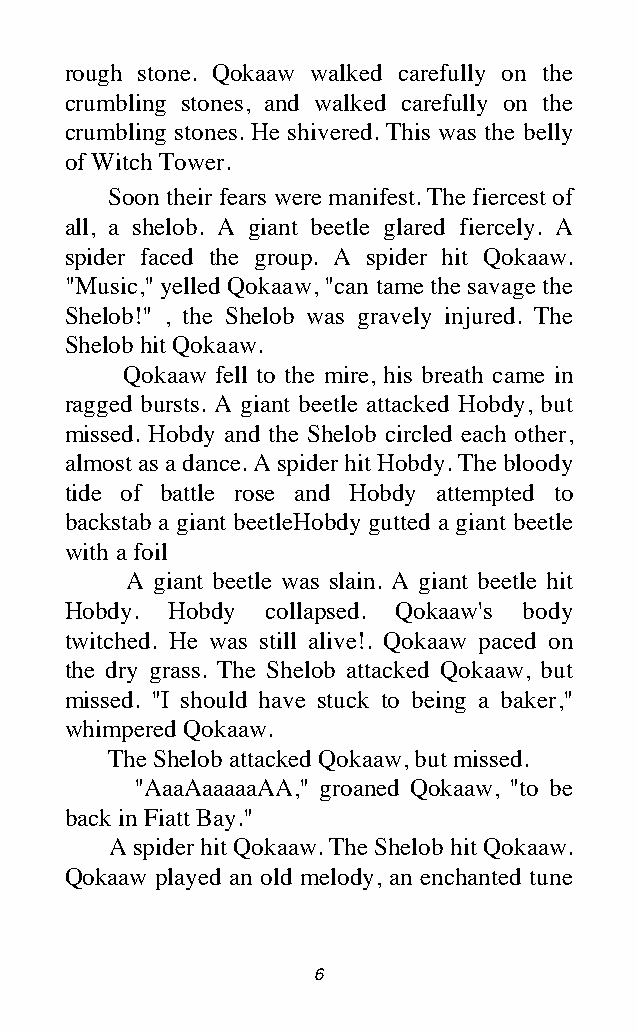
rough stone. Qokaaw walked carefully on the
 crumbling stones, and walked carefully on the
 crumbling stones. He shivered. This was the belly
 of Witch Tower.
 Soon their fears were manifest. The fiercest of
 all, a shelob. A giant beetle glared fiercely. A
 spider faced the group. A spider hit Qokaaw.
 "Music," yelled Qokaaw, "can tame the savage the
 Shelob!" , the Shelob was gravely injured. The
 Shelob hit Qokaaw.
 Qokaaw fell to the mire, his breath came in
 ragged bursts. A giant beetle attacked Hobdy, but
 missed. Hobdy and the Shelob circled each other,
 almost as a dance. A spider hit Hobdy. The bloody
 tide of battle rose and Hobdy attempted to
 backstab a giant beetleHobdy gutted a giant beetle
 with a foil
 A giant beetle was slain. A giant beetle hit
 Hobdy. Hobdy  collapsed. Qokaaw's body
 twitched. He was still alive!. Qokaaw paced on
 the dry grass. The Shelob attacked Qokaaw, but
 missed. "I should have stuck to being a baker,"
 whimpered Qokaaw.
 The Shelob attacked Qokaaw, but missed.
 "AaaAaaaaaAA," groaned Qokaaw, "to be
 back in Fiatt Bay."
 A spider hit Qokaaw. The Shelob hit Qokaaw.
 Qokaaw played an old melody, an enchanted tune
 6